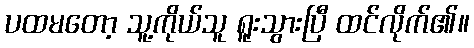
ပထမတော့ သူ့ကိုယ်သူ ရူးသွားပြီ ထင်လိုက်၏။